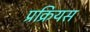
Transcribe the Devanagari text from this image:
प्रक्रियस